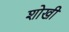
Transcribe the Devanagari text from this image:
शोखी